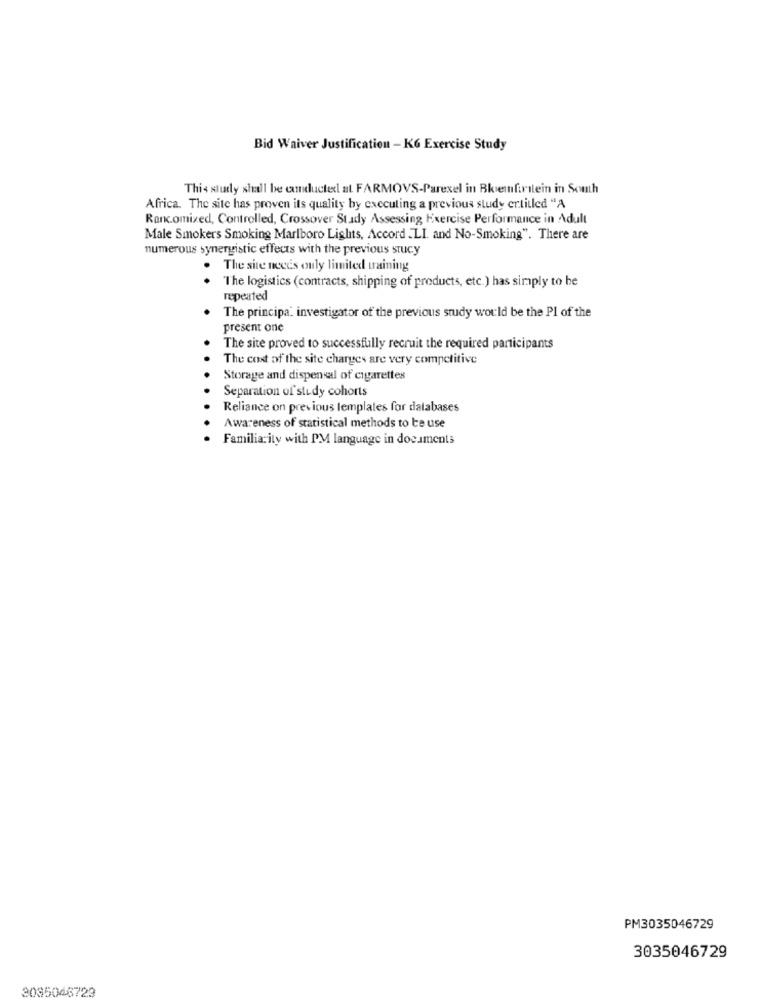
Bid Waiver Justification - KG Exercise Study
This study shall be conducted at FARMOVS-Parexel in Bkemfirstein in South
Africa. The site has proven its quality by executing a previous study ertitled "A
Rancomized, Controlled, Crossover Study Assessing Exercise Performance in Adult
Male Smokers Smoking Marlboro Lights, Accord .LI. and No-Smoking". There are
numerous synergistic effects with the previous stucy
The site neces only limited training
The logistics (contracts, shipping of products, etc.) has simply to be
repeated
The principal investigator of the previous study would be the Pl of the
present one
The site proved to successfully recruit the required participants
The cost of the site charges are very competitive
Storage and dispensal of cigarettes
Separation of study cohorts
Reliance on previous templates for databases
Awareness of statistical methods to be use
Familiarity with PM language in documents
PM3035046729
3035046729
3085046729